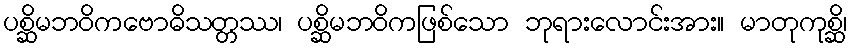
ပစ္ဆိမဘဝိကဗောဓိသတ္တဿ၊ ပစ္ဆိမဘဝိကဖြစ်သော ဘုရားလောင်းအား။ မာတုကုစ္ဆိ၊